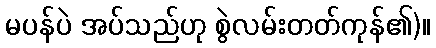
မပန်ပဲ အပ်သည်ဟု စွဲလမ်းတတ်ကုန်၏)။